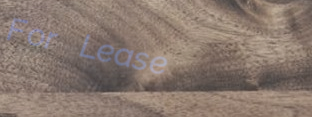
For Lease